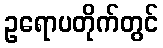
ဥရောပတိုက်တွင်